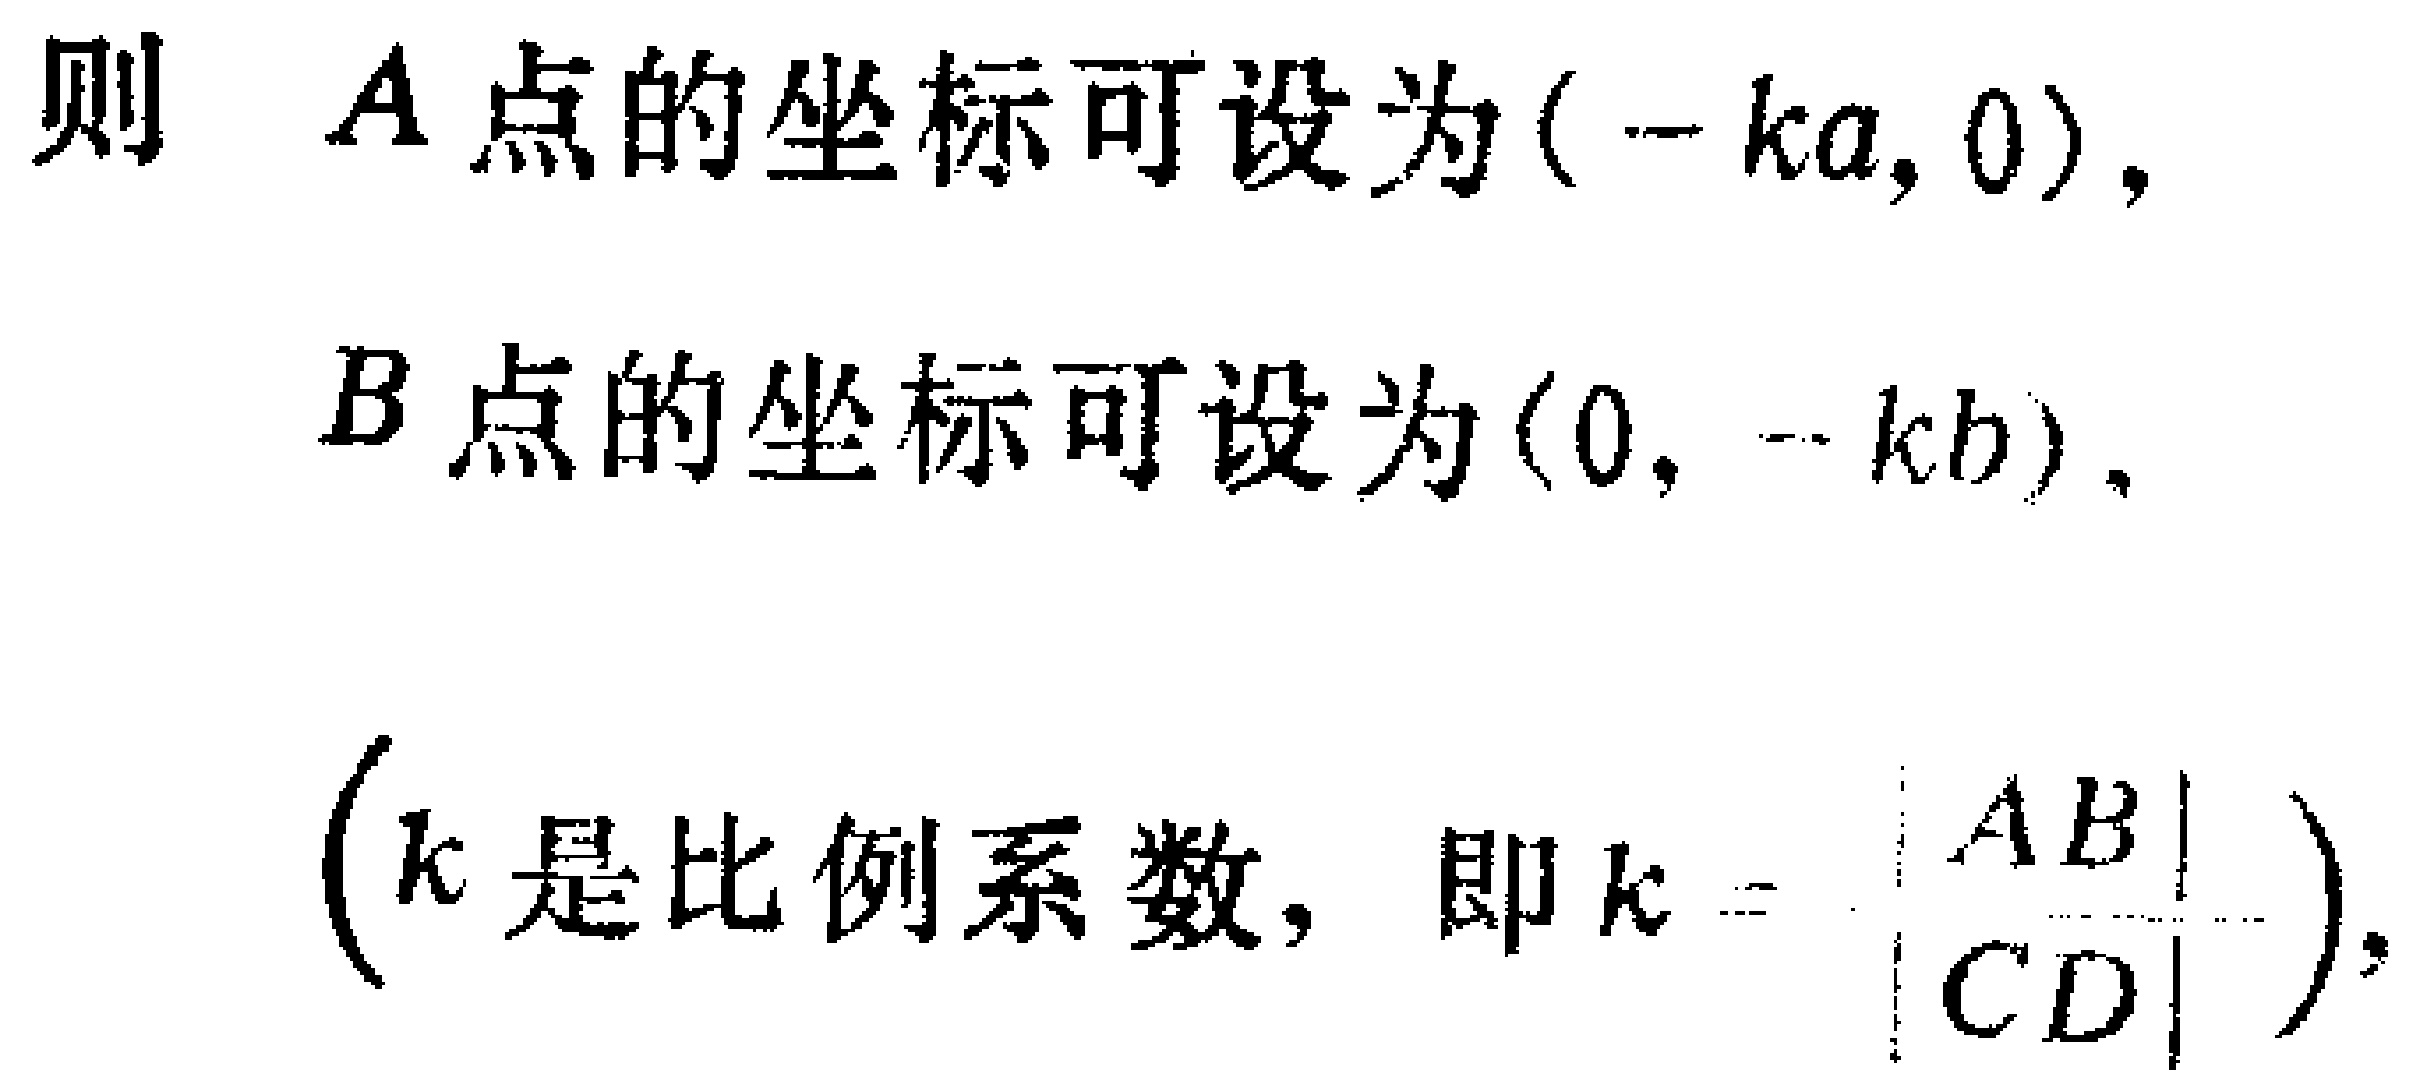
则 \(A\) 点的坐标可设为\((-ka,0)\)，
\(B\) 点的坐标可设为\((0,-kb)\)，
\(\left(k\text{是比例系数，即}k = \frac{\vert AB\vert}{\vert CD\vert}\right)\)，